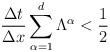
LaTeX: \begin{align*} \frac{\Delta t}{\Delta x} \sum_{\alpha=1}^{d}{\Lambda^\alpha}<\frac{1}{2} \end{align*}